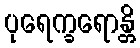
ပုရေက္ခရောန္တိ